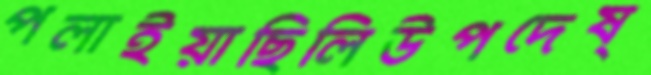
পলাইয়াছিলিউপদেষ্